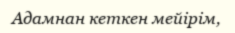
Адамнан кеткен мейірім,